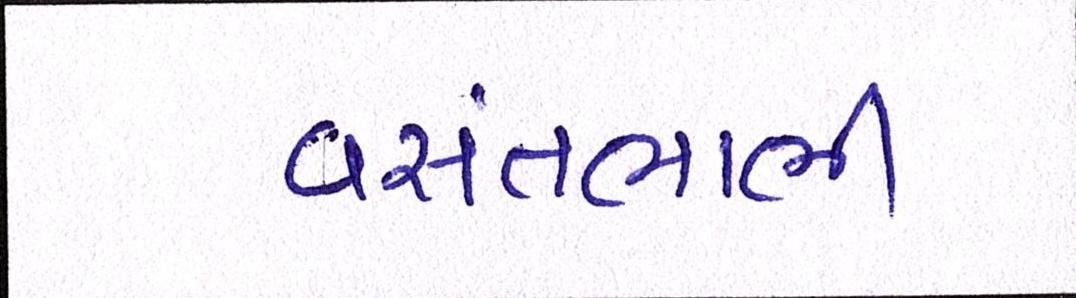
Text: વસંતભાભી